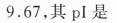
9.67,其 pI是